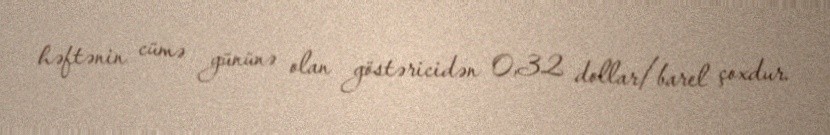
həftənin cümə gününə olan göstəricidən 0,32 dollar/barel çoxdur.